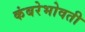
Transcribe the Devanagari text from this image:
कंबरेभोवती